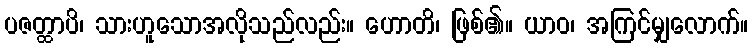
ပဇတ္ထာပိ၊ သားဟူသောအလိုသည်လည်း။ ဟောတိ၊ ဖြစ်၏။ ယာဝ၊ အကြင်မျှလောက်။